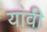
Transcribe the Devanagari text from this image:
यांवी